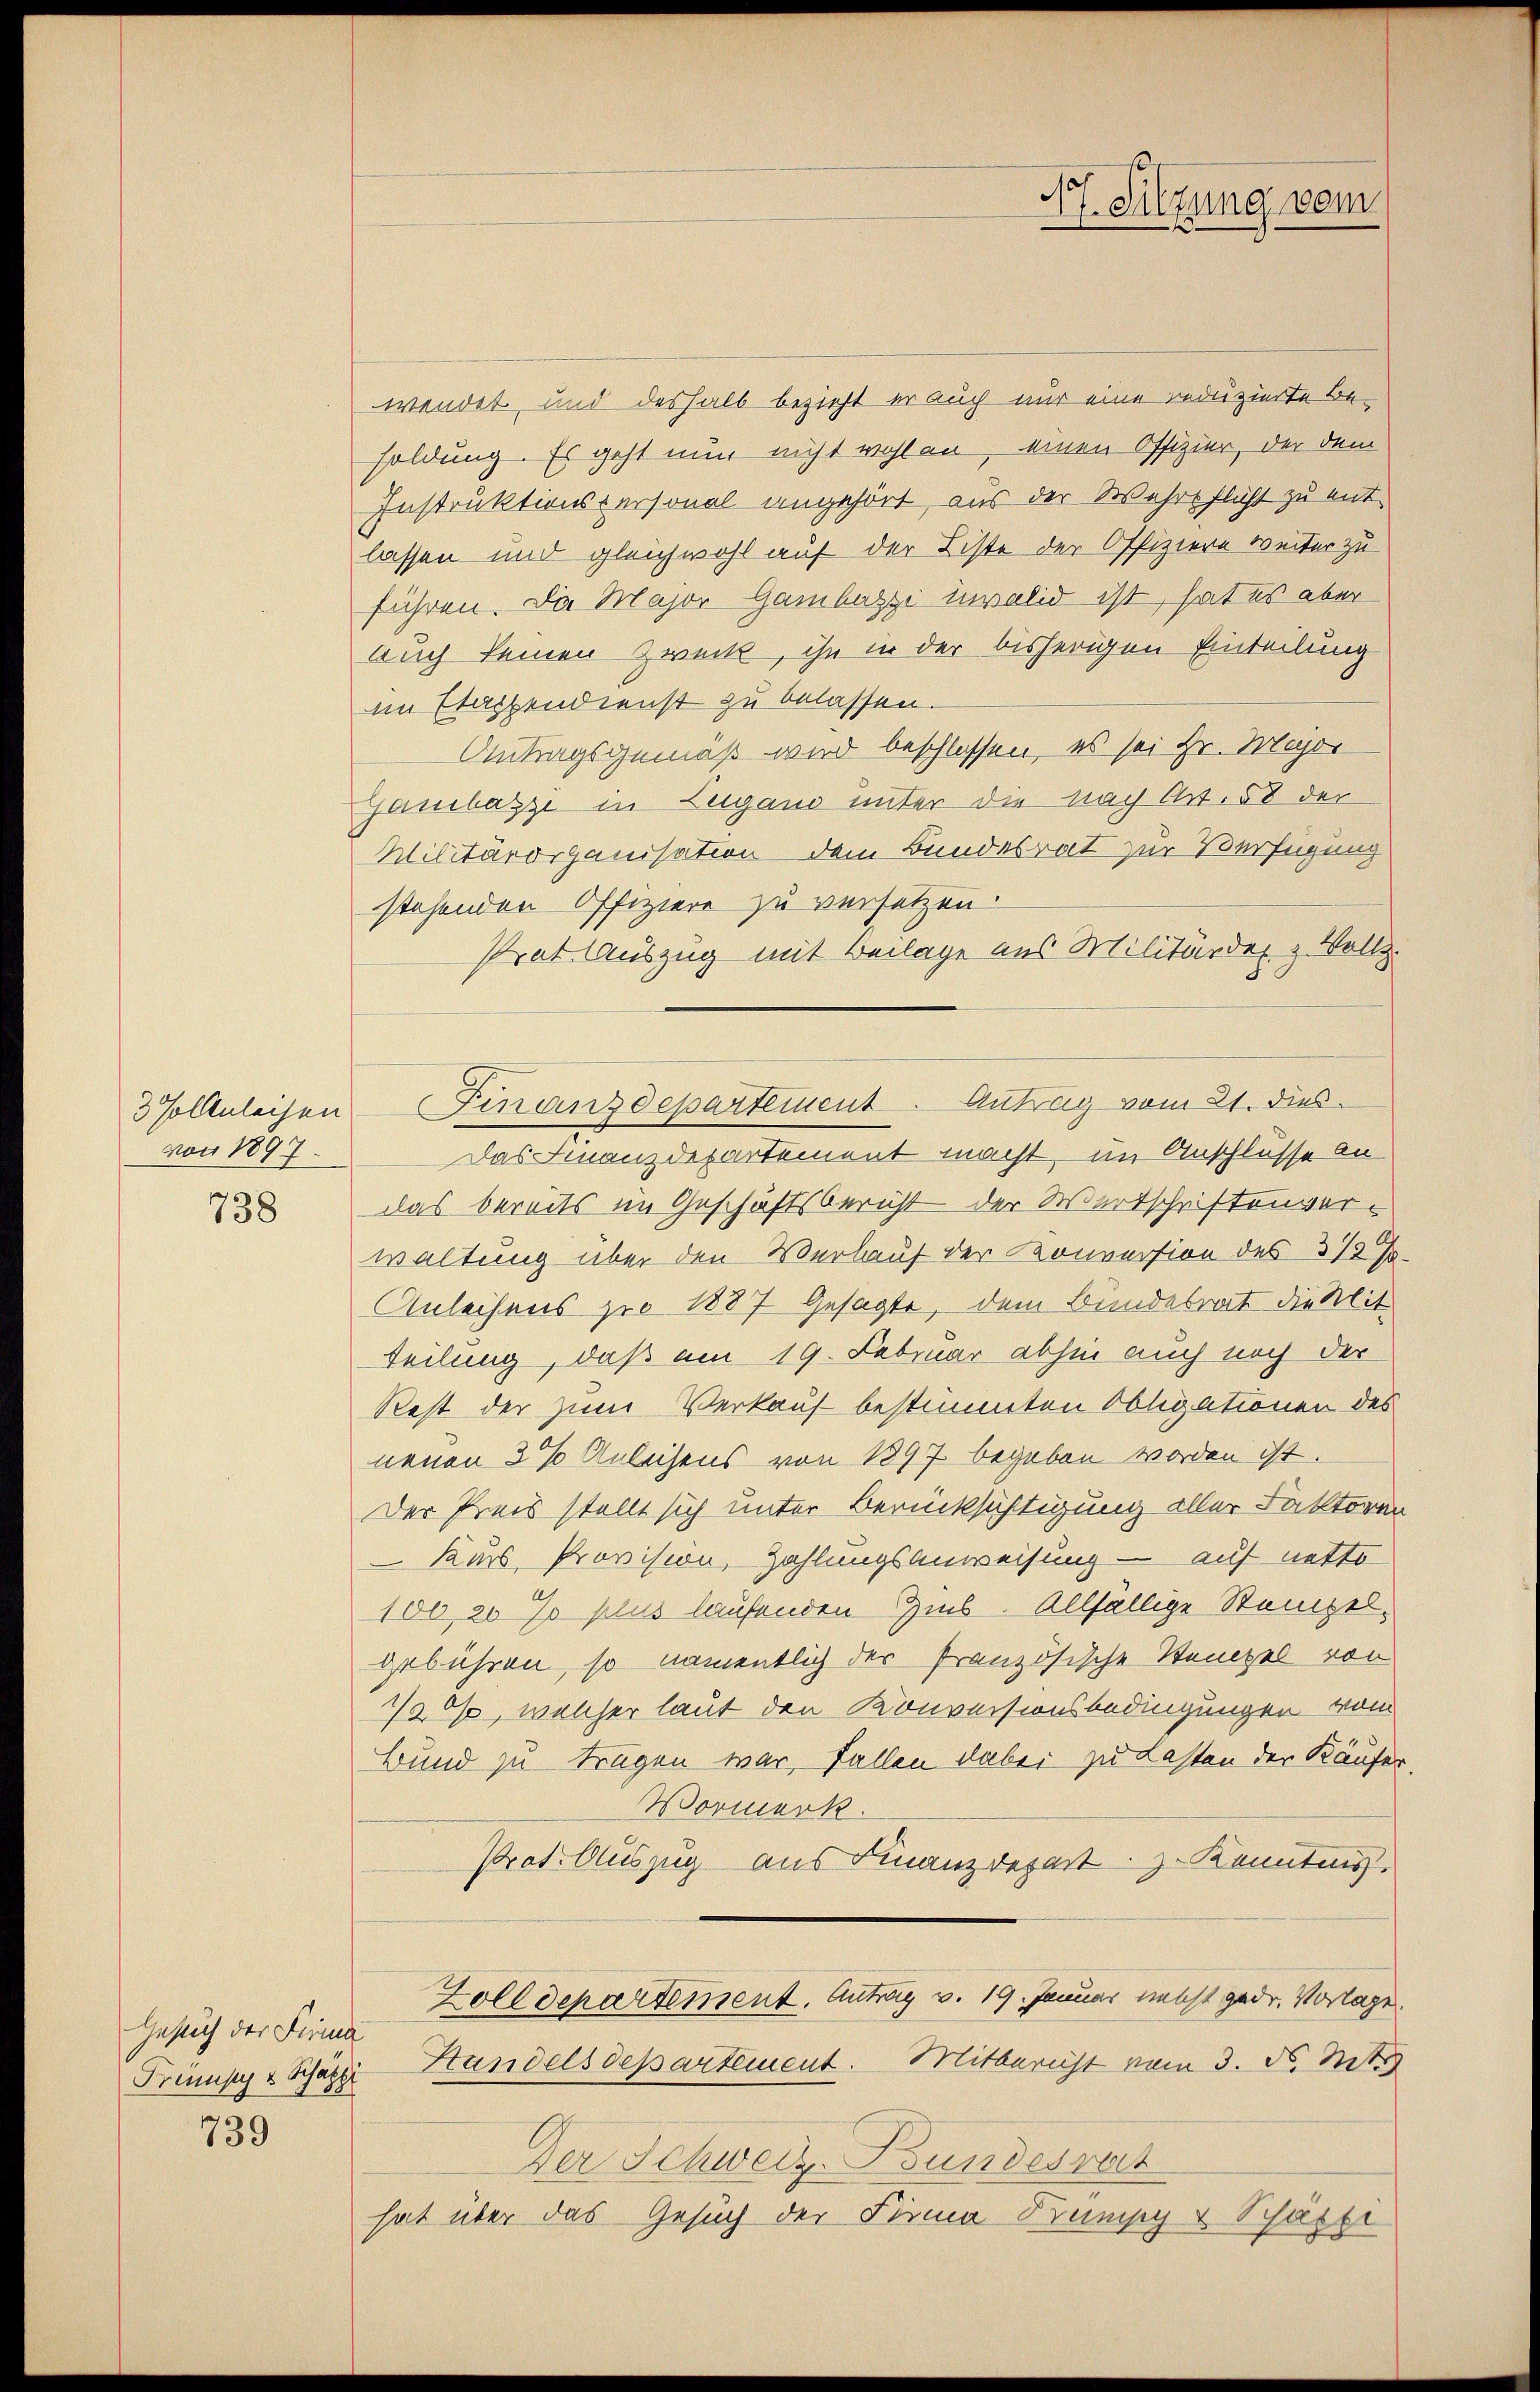
von 1897.

738

Gesuch der Firma
Trennsy v. Schätze

739

wendet, und deshalb bezieht er auch nur eine reduzierte Be-
soldung. Es geht nun nicht wohl an, einen Offizier, der dem
Instruktionspersonal angehört, aus der Wehrpflicht zu ent-
lassen und gleichwohl auf der Liste der Offiziere weiter zu
führen. Da Major Gambazzi invalid ist, hat es aber
Auch keinen Zweck, ihn in der bisherigen Einteilung
im Etappendienst zu belassen.
Antragsgemäß wird beschlossen, es sei Hr. Major
Gambazzi in Lugano unter die nach Art. 58 der
Militärorganisation dem Bundesrat zur Verfügung
stehenden Offiziere zu versetzen.
strat Auszug mit Beilage aus Militärde- & Vollz
Das Finanzdepartement macht, im Anschlusse an
das bereits im Geschäftsbericht der Wertschriftenverwaltung über den Verlauf der Konversion des 312 f.
Anleihens pro 1887 gesagte, dem Bundesrat die Mitteilung, daß am 19. Februar abhin auch noch der
Rest der zum Verkauf bestimmten Obligationen des
nenen 3 % Anleisens von 1897 begeben worden ist.
Der Preis stellt sich unter Berücksichtigung aller Faktoren
Kurs, Provision, Zahlungsanweisung — auf netto
100, 20 % plus laufenden Zins. Allfällige Stempelgebühren, so namentlich der französische Stempel von
1/20so, welcher laut den Konversionsbedingungen vom
Bund zu tragen war, Fallen dabei zu Lasten der Käufer
Wormerk
Prot. Auszug aus Finanzdepart z. Konntens.
Zolldepartement. Antrag v. 19. Januar recht gedr. Vorlage.
Handelsdepartement. Mitbericht vom 3. d. Mt
Der Schweiz. Bundesrat
hat über das Gesuch der Finna Trumpy & Schäfti

3 sollteleisen Finanzdepartement. Antrag vom 21. dies

Ht. Silzung vom